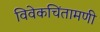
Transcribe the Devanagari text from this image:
विवेकचिंतामणी